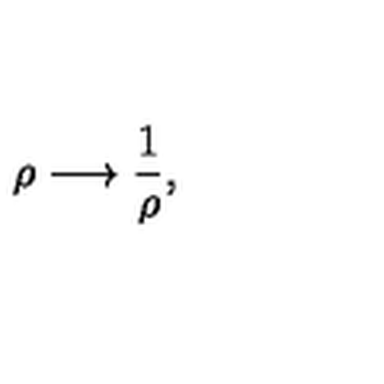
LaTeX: \rho \longrightarrow \frac { 1 } { \rho } ,